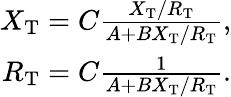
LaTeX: \begin{array}{r}{X_{\mathrm{T}}=C\frac{X_{\mathrm{T}}/R_{\mathrm{T}}}{A+BX_{\mathrm{T}}/R_{\mathrm{T}}},}\\ {R_{\mathrm{T}}=C\frac{1}{A+BX_{\mathrm{T}}/R_{\mathrm{T}}}.}\end{array}